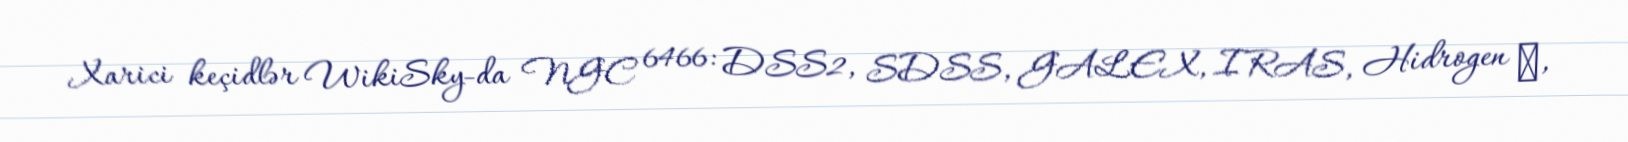
Xarici keçidlər WikiSky-da NGC 6466: DSS2, SDSS, GALEX, IRAS, Hidrogen α,